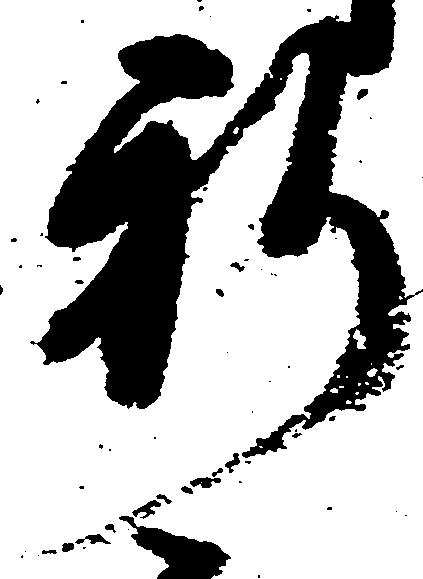
祈